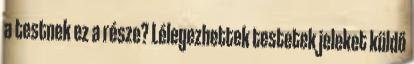
a testnek ez a része? Lélegezhettek testetek jeleket küldő